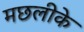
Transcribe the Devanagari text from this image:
मछलीके